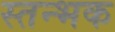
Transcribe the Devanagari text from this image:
स्तन्भक